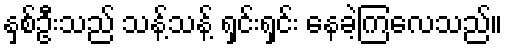
နှစ်ဦးသည် သန့်သန့် ရှင်းရှင်း နေခဲ့ကြလေသည်။